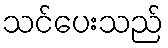
သင်ပေးသည်